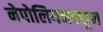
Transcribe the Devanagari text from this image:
नेपोलियनकडून